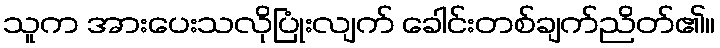
သူက အားပေးသလိုပြုံးလျက် ခေါင်းတစ်ချက်ညိတ်၏။